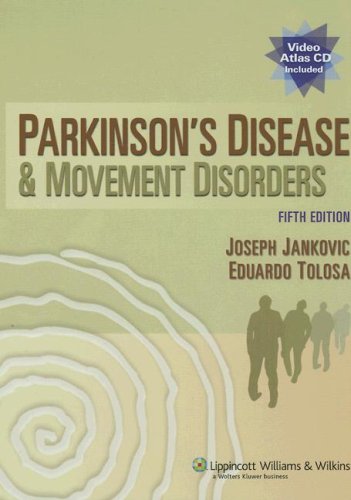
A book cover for The Parkinson's Disease and Movement Disorders; Health, Fitness & Dieting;